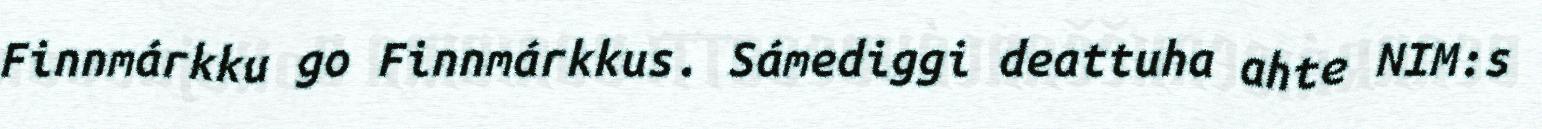
Finnmárkku go Finnmárkkus. Sámediggi deattuha ahte NIM:s